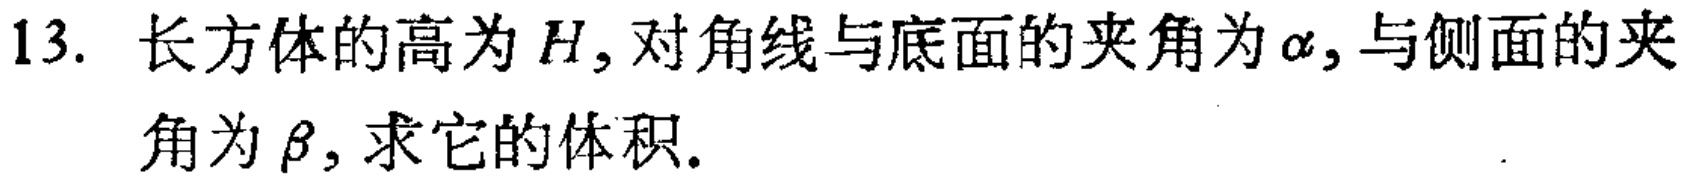
13. 长方体的高为\(H\)，对角线与底面的夹角为\(\alpha\)，与侧面的夹角为\(\beta\)，求它的体积.